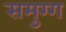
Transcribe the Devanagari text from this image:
समुग्ग